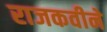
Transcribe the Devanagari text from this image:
राजकवीने